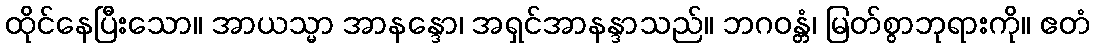
ထိုင်နေပြီးသော။ အာယသ္မာ အာနန္ဒော၊ အရှင်အာနန္ဒာသည်။ ဘဂဝန္တံ၊ မြတ်စွာဘုရားကို။ ဧတံ